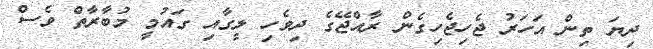
ދިޔަ ތިން އަހަރު ޖެހިޖެހިގެން ރާއްޖޭގެ ދިވެހި ލީގާއި ގައުމީ މުބާރާތް ވެސް